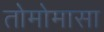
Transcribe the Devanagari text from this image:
तोमोमासा